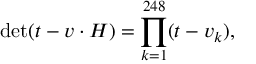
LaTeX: \operatorname * { d e t } ( t - v \cdot H ) = \prod _ { k = 1 } ^ { 2 4 8 } ( t - v _ { k } ) ,